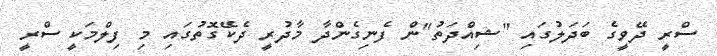
ސްރީ ދޭވީގެ ބަދަލުގައި "ޝިއްދަތު"ން ފެނިގެންދާ މާދުރީ ދެކޭގޮތުގައި މި ފިލްމަކީ ސްރީ